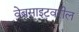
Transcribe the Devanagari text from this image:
वेबसाइटवरील